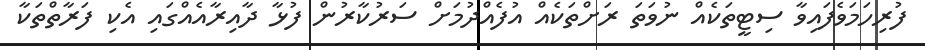
ފުރިހަމަވެފައިވާ ސިޓީތަކެއް ނުވަތަ ރަށްތަކެއް އުފެއްދުމަށް ސަރުކާރުން ފުޅާ ދާއިރާއެއްގައި އެކި ފަރާތްތަކާ